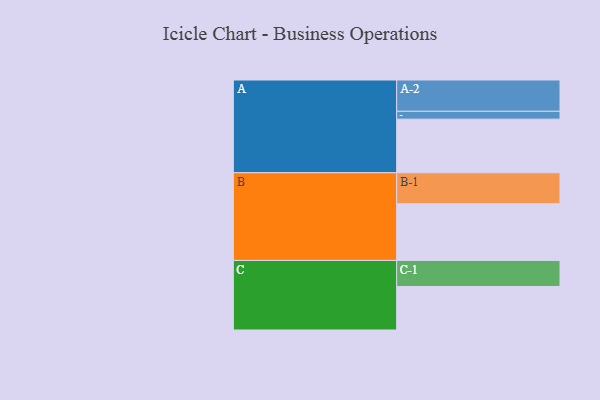
{"axis": {"x": "Segment", "y": "Value"}, "legend": ["", "A", "B", "C"], "data": [{"x": "A", "y": 430, "type": ""}, {"x": "B", "y": 455, "type": ""}, {"x": "C", "y": 349, "type": ""}, {"x": "A-1", "y": 63, "type": "A"}, {"x": "A-2", "y": 251, "type": "A"}, {"x": "B-1", "y": 248, "type": "B"}, {"x": "C-1", "y": 209, "type": "C"}]}